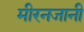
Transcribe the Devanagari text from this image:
मीरनजानी